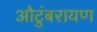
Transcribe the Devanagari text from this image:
औटुंबरायण